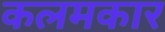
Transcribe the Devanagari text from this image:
कलमकार